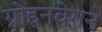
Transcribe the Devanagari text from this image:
ग्रोइनवेगन